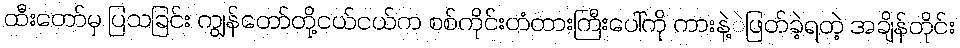
ထီးတော်မှ ပြသခြင်း ကျွန်တော်တို့ငယ်ငယ်က စစ်ကိုင်းတံတားကြီးပေါ်ကို ကားနဲ့ဲဖြတ်ခဲ့ရတဲ့ အချိန်တိုင်း